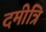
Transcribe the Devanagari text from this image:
दमीत्रि